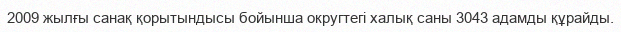
2009 жылғы санақ қорытындысы бойынша округтегі халық саны 3043 адамды құрайды.